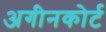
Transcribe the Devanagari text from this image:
अगीनकोर्ट